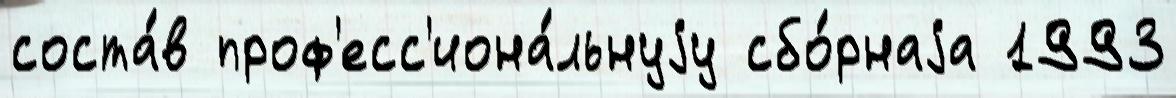
соста́в проф'есс'иона́льнуjу сбо́рнаjа 1993